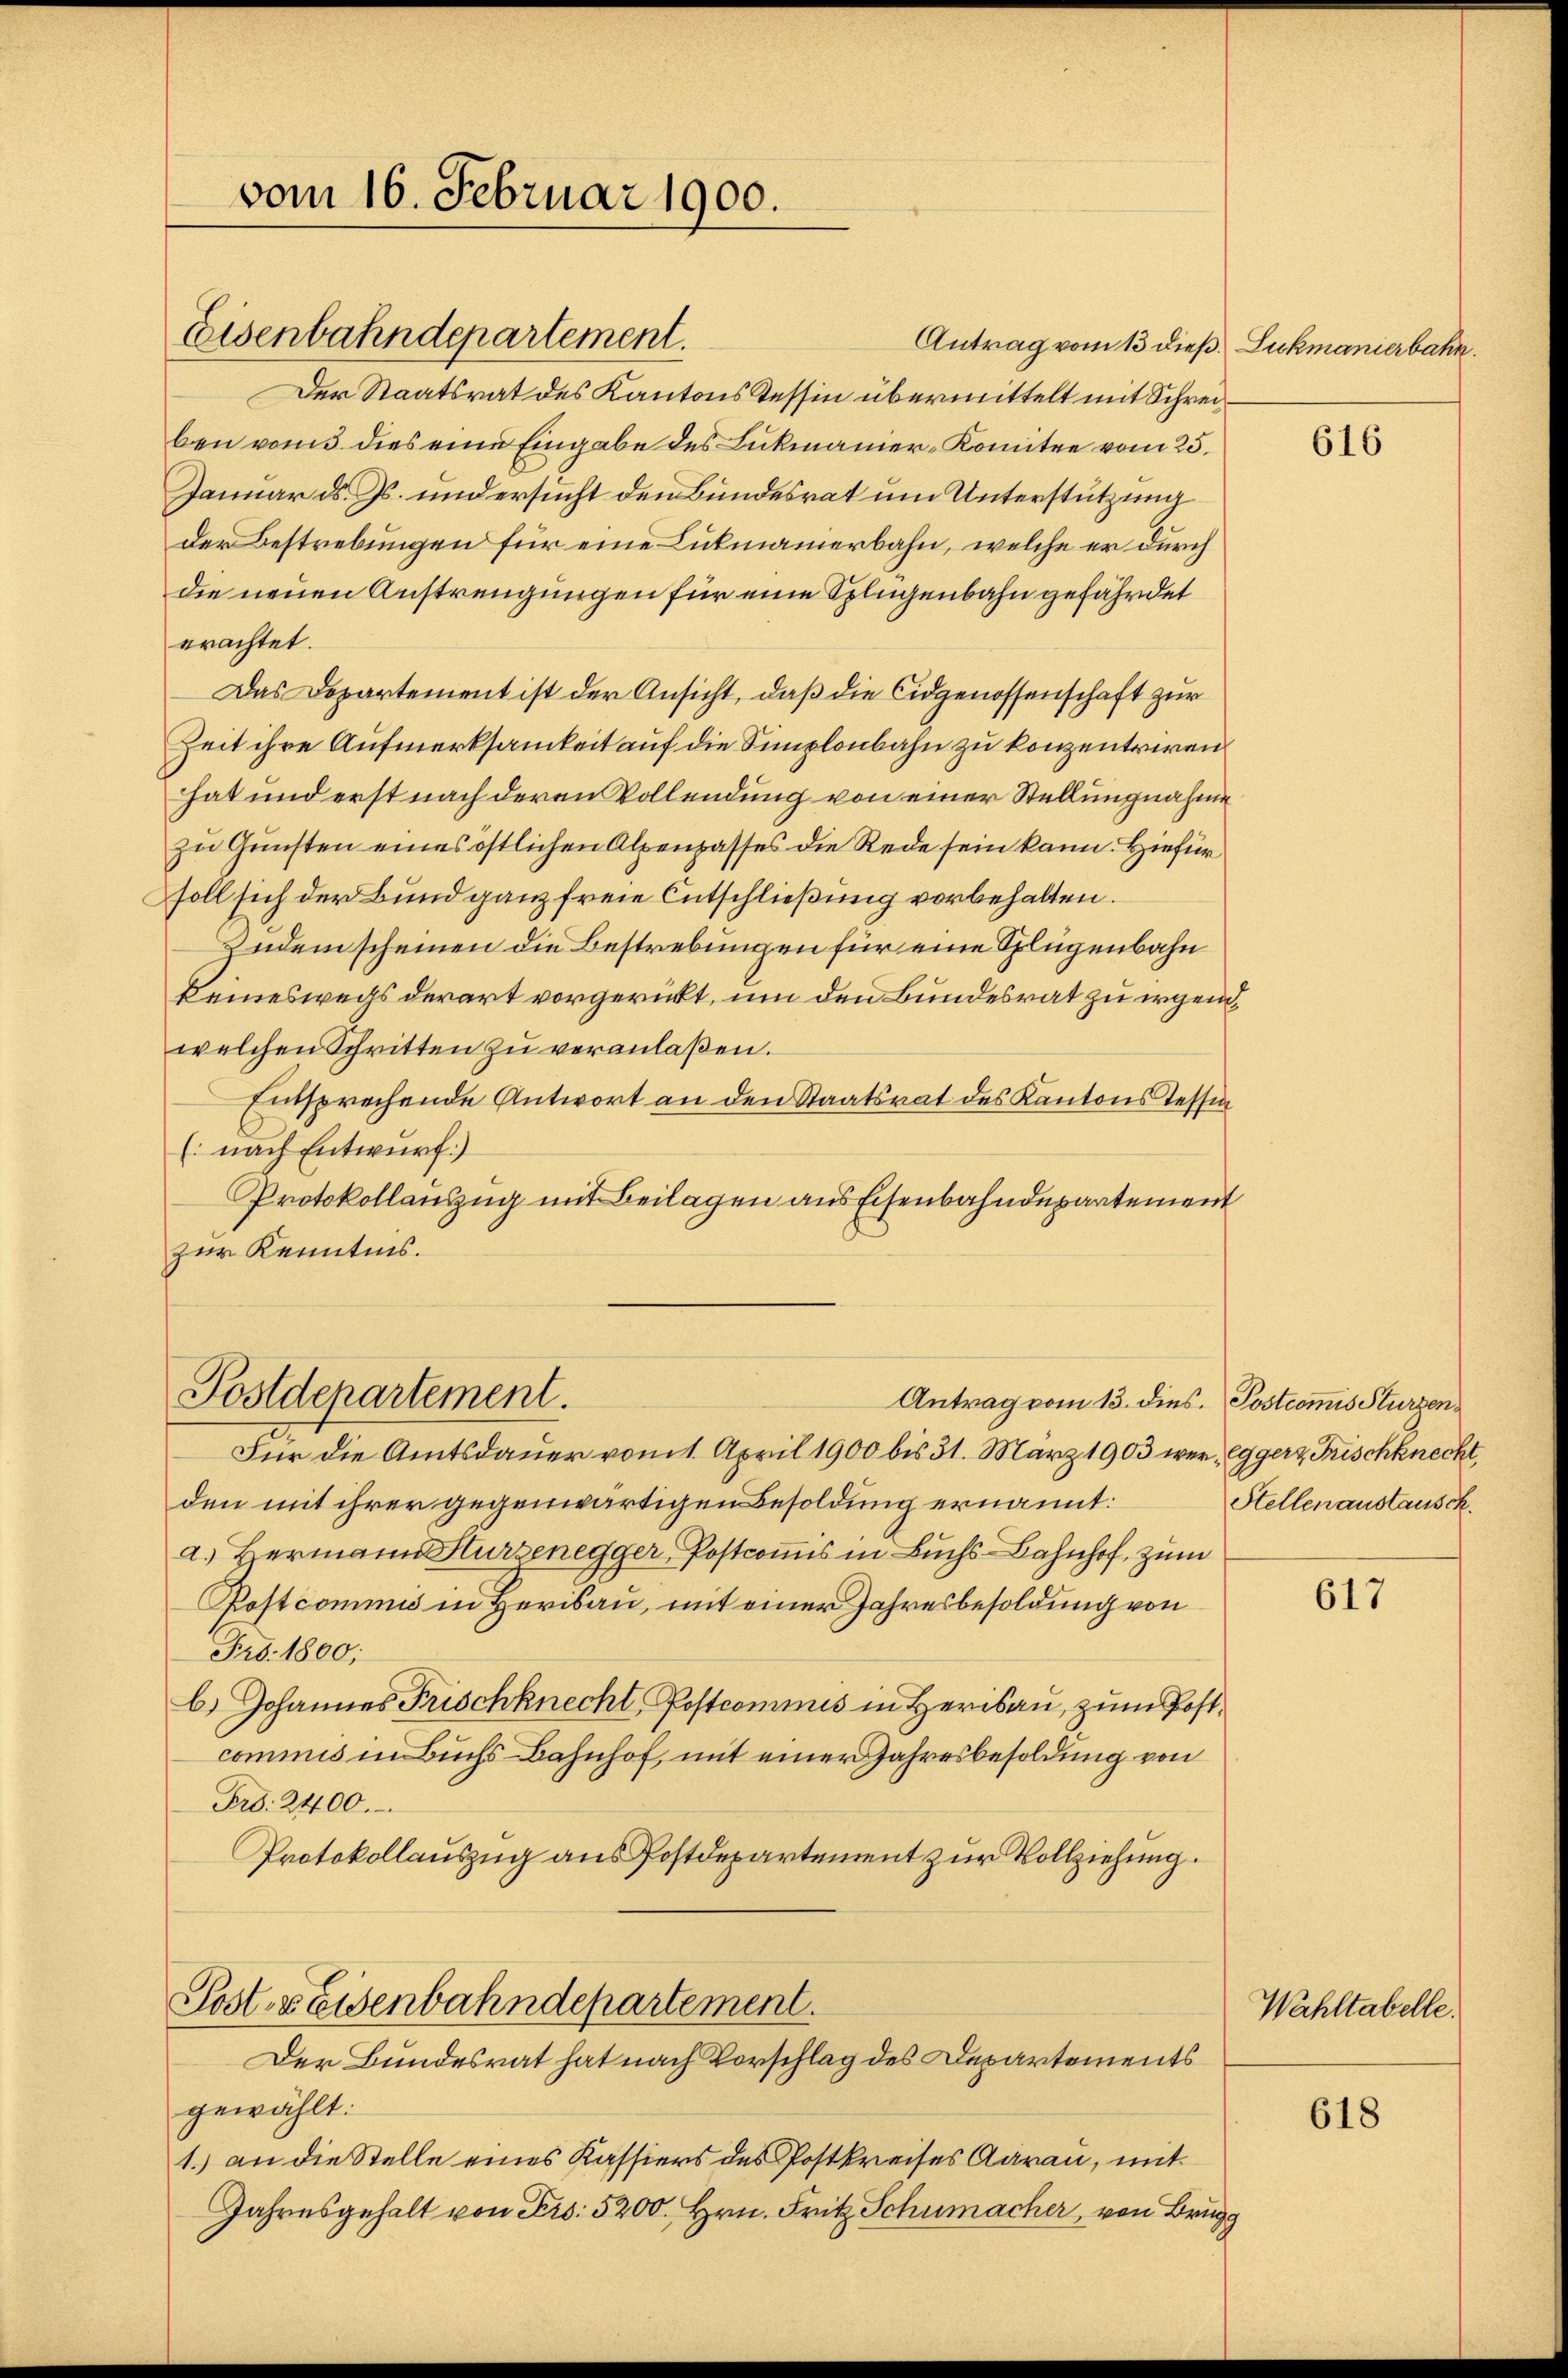
vom 16. Februar 1900.

Eisenbahndepartement.

Postdepartement.

Der Staatsrat des Kantons Tessin übermittelt mit Schreiben vom 5. dies eine Eingabe des Lukmanier-Komitee vom 25.
Januar d. Js. und ersucht den Bundesrat um Unterstützung
der Bestrebungen für eine Lukmannerbahn, welche er durch
die neuen Anstrengungen für eine Splügenbahn gefährdet
erachtet.
Das Departement ist der Ansicht, daß die Eidgenossenschaft zur
Zeit ihre Aufmerksamkeit auf die Simplonbahn zu konzentriren
hat und erst nach deren Vollendung von einer Stellungnahme
zu Gunsten eines östlichen Alpenpasses die Rede sein kann. Hiefür
soll sich der Bund ganz freie Entschließung vorbehalten.
Zudem scheinen die Bestrebungen für eine Splügenbahn
keinesweils derart vorgericht, um den Bundesrat zu irgenwelchen Schritten zŭ veranlaßen.
Entsprechende Antwort an den Staatsrat des Kantons Tessin
(nach Entwurf)
Protokollauszug mit Beilagen aus Eisenbahndepartement
zur Kenntnis.

Antrag vom 13. dies. Postions Sturzen

Posts Eisenbahndepartement.
Der Bundesrat hat nach Vorschlag des Departements

Für die Amtsdauer vom 1. April 1900 bis 31. März 1903 wer, Egger Frischknecht,
den mit ihrer gegenwärtigen Besoldung ernannt:
a) Hermann Hurzenegger Postcomis in Buchs-Bahnhof, zum
Postcommis in Herisau, mit einer Jahresbesoldung von
Fro. 1800;
b.) Johannes Frischknecht, Postcommis in Herisau, zum Postcommis in Buchs-Bahnhof, mit einer Jahresbesoldung von
Fro: 2400.
Protokollauszug aus Postdepartement zur Vollziehung.

gewählt:
1.) an die Stelle eines Kassiers des Postkreises Aarau, mit
Jahresgehalt von Frs. 5200. Hrn. Fritz Schumacher, von Brugg

Antrag vom 13 dieß. Lukmanierbahn

616

Stellenaustausch.

617

Wahltabelle.

618